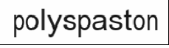
polyspaston